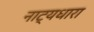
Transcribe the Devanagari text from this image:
नाट्यधारा